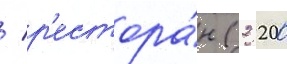
/ р'естора́н (2 200